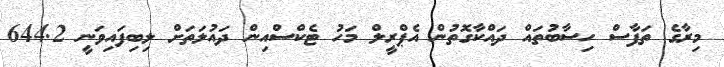
މިރާގެ ތަފާސް ހިސާބުތައް ދައްކާގޮތުން އެޕްރީލް މަހު ޓެކްސްއިން ދައުލަތަށް ލިބިފައިވަނީ 644.2